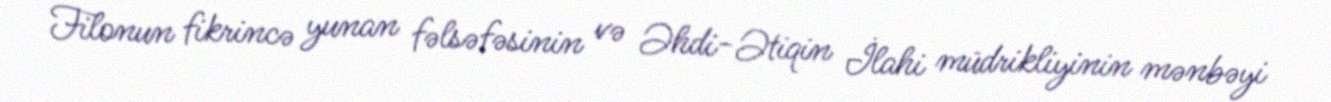
Filonun fikrincə yunan fəlsəfəsinin və Əhdi-Ətiqin İlahi müdrikliyinin mənbəyi